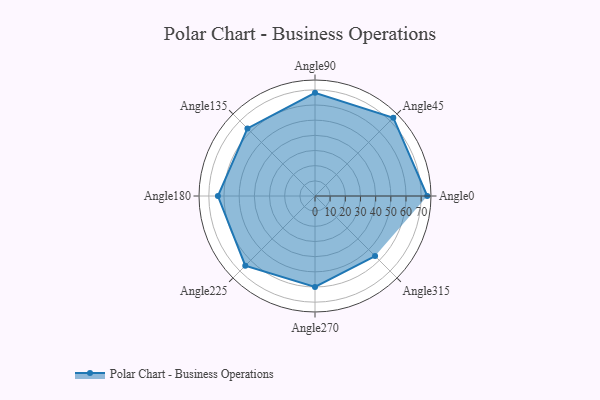
{"axis": {"x": "Angle", "y": "Radius"}, "legend": [""], "data": [{"x": "Angle0", "y": 74.0, "type": ""}, {"x": "Angle45", "y": 73.0, "type": ""}, {"x": "Angle90", "y": 68.0, "type": ""}, {"x": "Angle135", "y": 63.0, "type": ""}, {"x": "Angle180", "y": 64.0, "type": ""}, {"x": "Angle225", "y": 65.0, "type": ""}, {"x": "Angle270", "y": 60.0, "type": ""}, {"x": "Angle315", "y": 56.0, "type": ""}]}